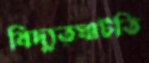
বিদ্যুত্ঘাটতি